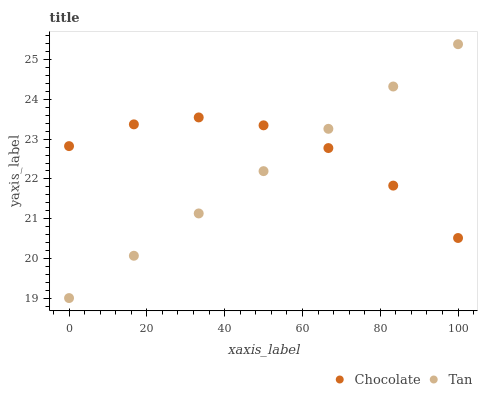
| xaxis_label | Chocolate | Tan |
 | --- | --- | --- |
 | 0 | 22.8 | 19 |
 | 16.7 | 23.4 | 20.1 |
 | 33.3 | 23.5 | 21.1 |
 | 50 | 23.4 | 22.2 |
 | 66.7 | 22.8 | 23.3 |
 | 83.3 | 21.8 | 24.3 |
 | 100 | 20.5 | 25.4 |